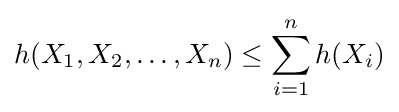
h(X_{1},X_{2},\ldots ,X_{n})\leq \sum _{i=1}^{n}h(X_{i})